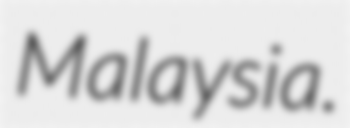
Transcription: Malaysia.